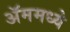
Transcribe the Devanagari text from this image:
ॲममध्ये